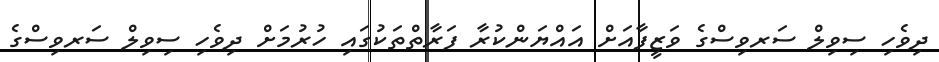
ދިވެހި ސިވިލް ސަރވިސްގެ ވަޒީފާއަށް އައްޔަންކުރާ ފަރާތްތަކުގައި ހުރުމަށް ދިވެހި ސިވިލް ސަރވިސްގެ